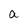
Character: a